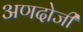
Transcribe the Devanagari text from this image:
अणदोजी